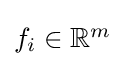
{\textstyle f_{i}\in \mathbb {R} ^{m}}